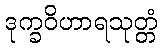
ဒုက္ခဝိဟာရသုတ္တံ